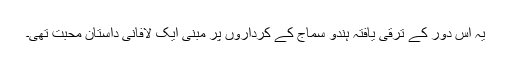
یہ اس دور کے ترقی یافتہ ہندو سماج کے کرداروں پر مبنی ایک لافانی داستان محبت تھی۔